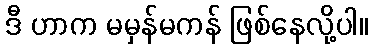
ဒီ ဟာက မမှန်မကန် ဖြစ်နေလို့ပါ။